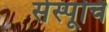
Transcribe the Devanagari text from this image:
सेस्पूचि